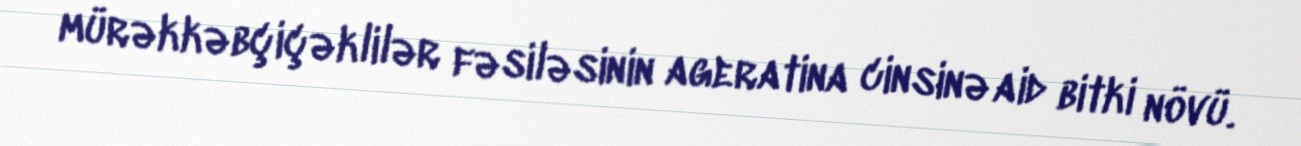
mürəkkəbçiçəklilər fəsiləsinin ageratina cinsinə aid bitki növü.